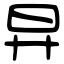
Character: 㫒